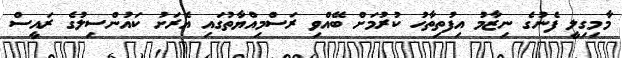
މާމިގިލީ ފެނުގެ ނިޒާމު އިފުތިތާހު ކުރުމަށް ބޭއްވި ރަސްމިއްޔާތުގައި އެރަށު ކައުންސިލުގެ ރައީސް